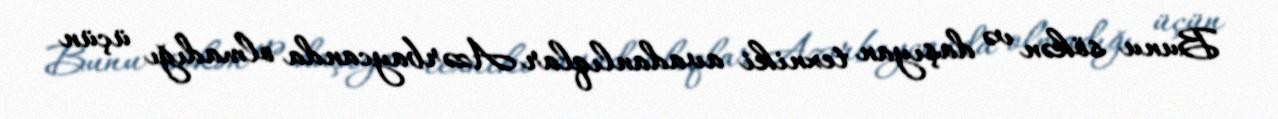
Bunu sökən və daşıyan texniki avadanlıqlar Azərbaycanda olmadığı üçün